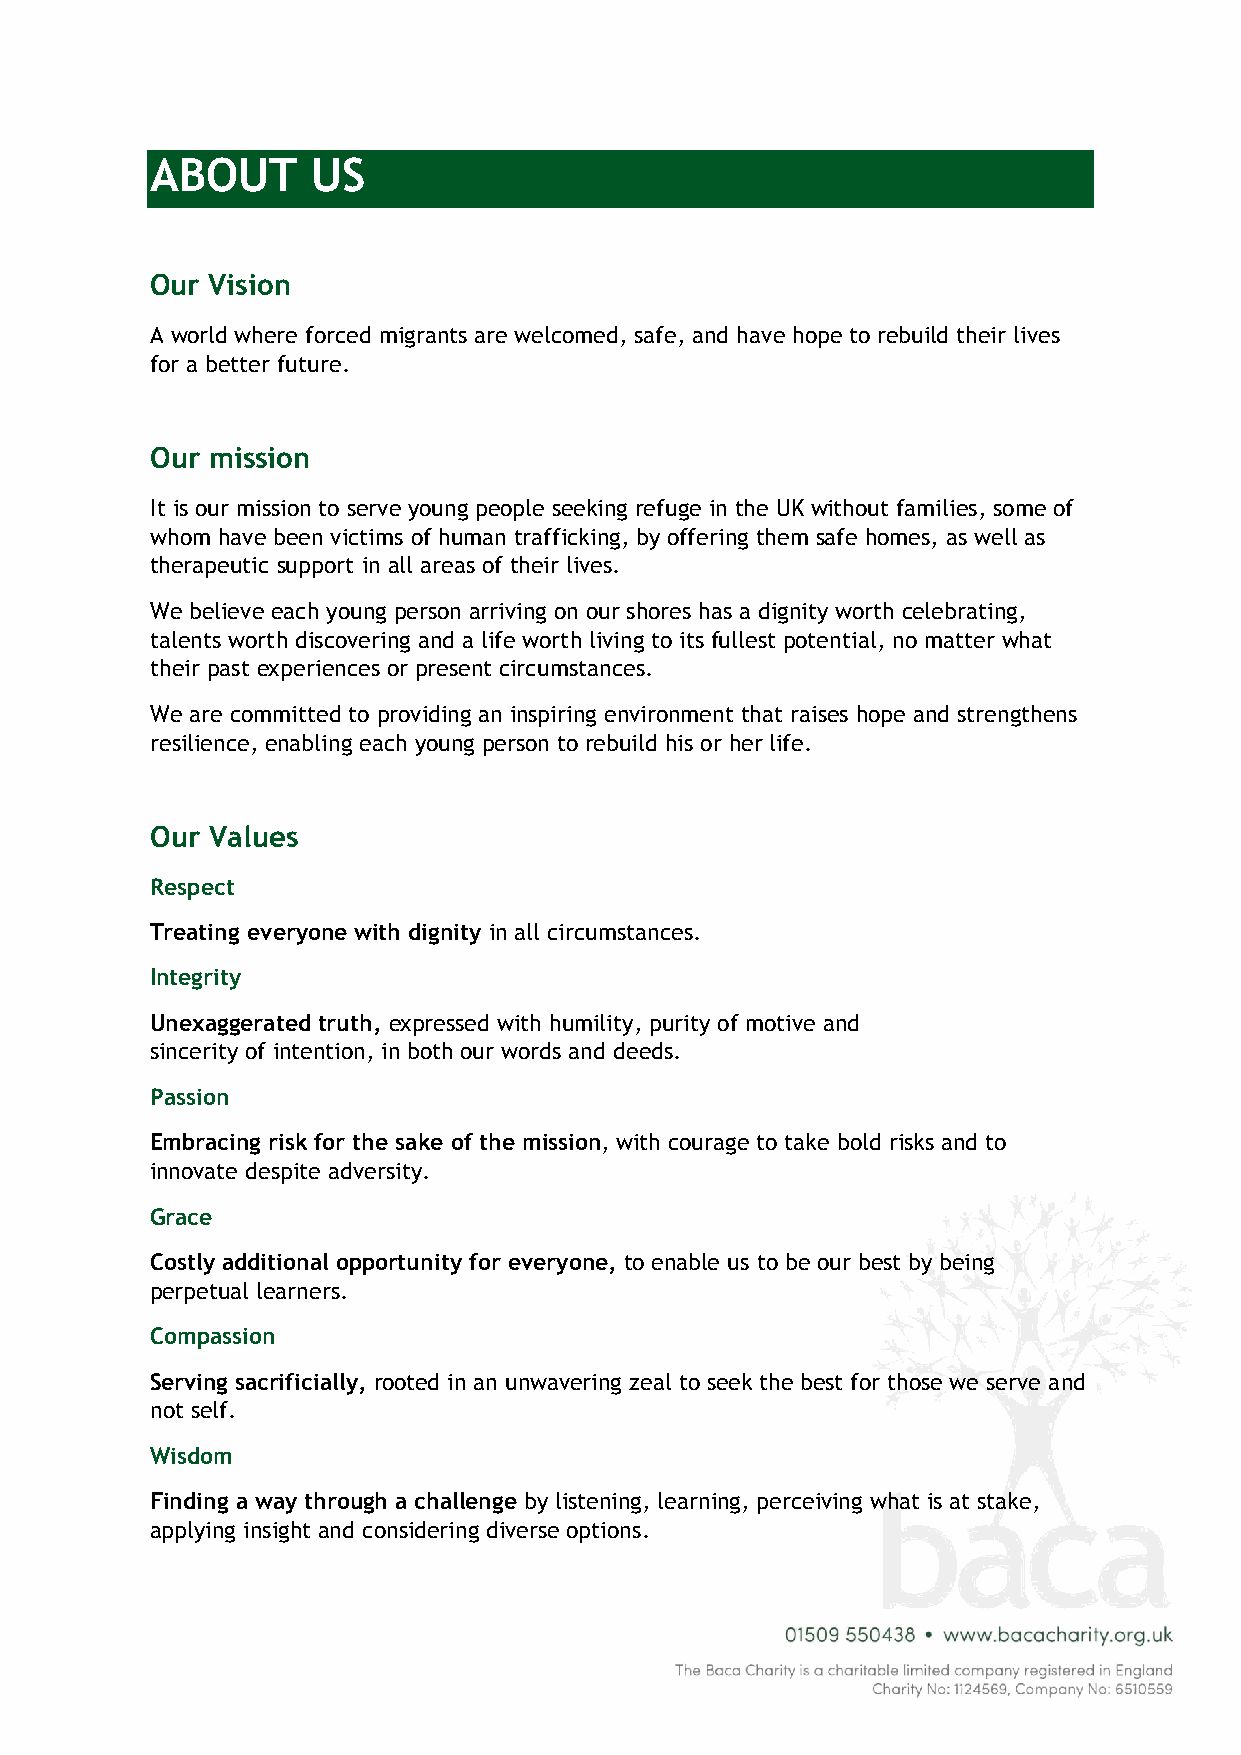
ABOUT      US
 Our Vision
 A world where forced migrants are welcomed, safe, and have hope to rebuild their lives
 for a better future.
 Our mission
 It is our mission to serve young people seeking refuge in the UK without families, some of
 whom have been victims of human trafficking, by offering them safe homes, as well as
 therapeutic support in all areas of their lives.
 We believe each young person arriving on our shores has a dignity worth celebrating,
 talents worth discovering and a life worth living to its fullest potential, no matter what
 their past experiences or present circumstances.
 We are committed to providing an inspiring environment that raises hope and strengthens
 resilience, enabling each young person to rebuild his or her life.
 Our Values
 Respect
 Treating everyone with dignity in all circumstances.
 Integrity
 Unexaggerated truth, expressed with humility, purity of motive and
 sincerity of intention, in both our words and deeds.
 Passion
 Embracing risk for the sake of the mission, with courage to take bold risks and to
 innovate despite adversity.
 Grace
 Costly additional opportunity for everyone, to enable us to be our best by being
 perpetual learners.
 Compassion
 Serving sacrificially, rooted in an unwavering zeal to seek the best for those we serve and
 not self.
 Wisdom
 Finding a way through a challenge by listening, learning, perceiving what is at stake,
 applying insight and considering diverse options.